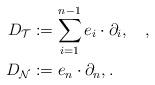
LaTeX: \begin{align*} D_{\mathcal{T}}&:=\sum_{i=1}^{n-1}e_i\cdot\partial_i,\quad,\\ D_{\mathcal{N}}&:=e_n\cdot\partial_n, . \end{align*}